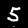
Label: 5